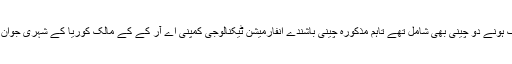
وزیرداخلہ کو بریفنگ کے دوران بتایا گیا کہ چینی باشندوں کا گروپ بزنس ویزے پرآیا جن میں ہلاک ہونے دو چینی بھی شامل تھے تاہم مذکورہ چینی باشندے انفارمیشن ٹیکنالوجی کمپنی اے آر کے کے مالک کوریا کے شہری جوان وان سیو سے اردو سیکھنے کے بہانے کوئٹہ چلے گئے اور تبلیغی سرگرمیوں میں مصروف ہوگئے۔